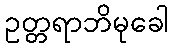
ဥတ္တရာဘိမုခေါ